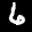
Label: 6